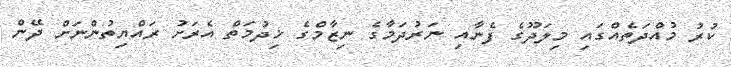
ކުރު މުއްދަތެއްގައި މިލަދޫގެ ފެނާއި ނަރުދަމާގެ ނިޒާމްގެ ޚިދުމަތް އެރަށު ރައްޔިތުންނަށް ދޭން